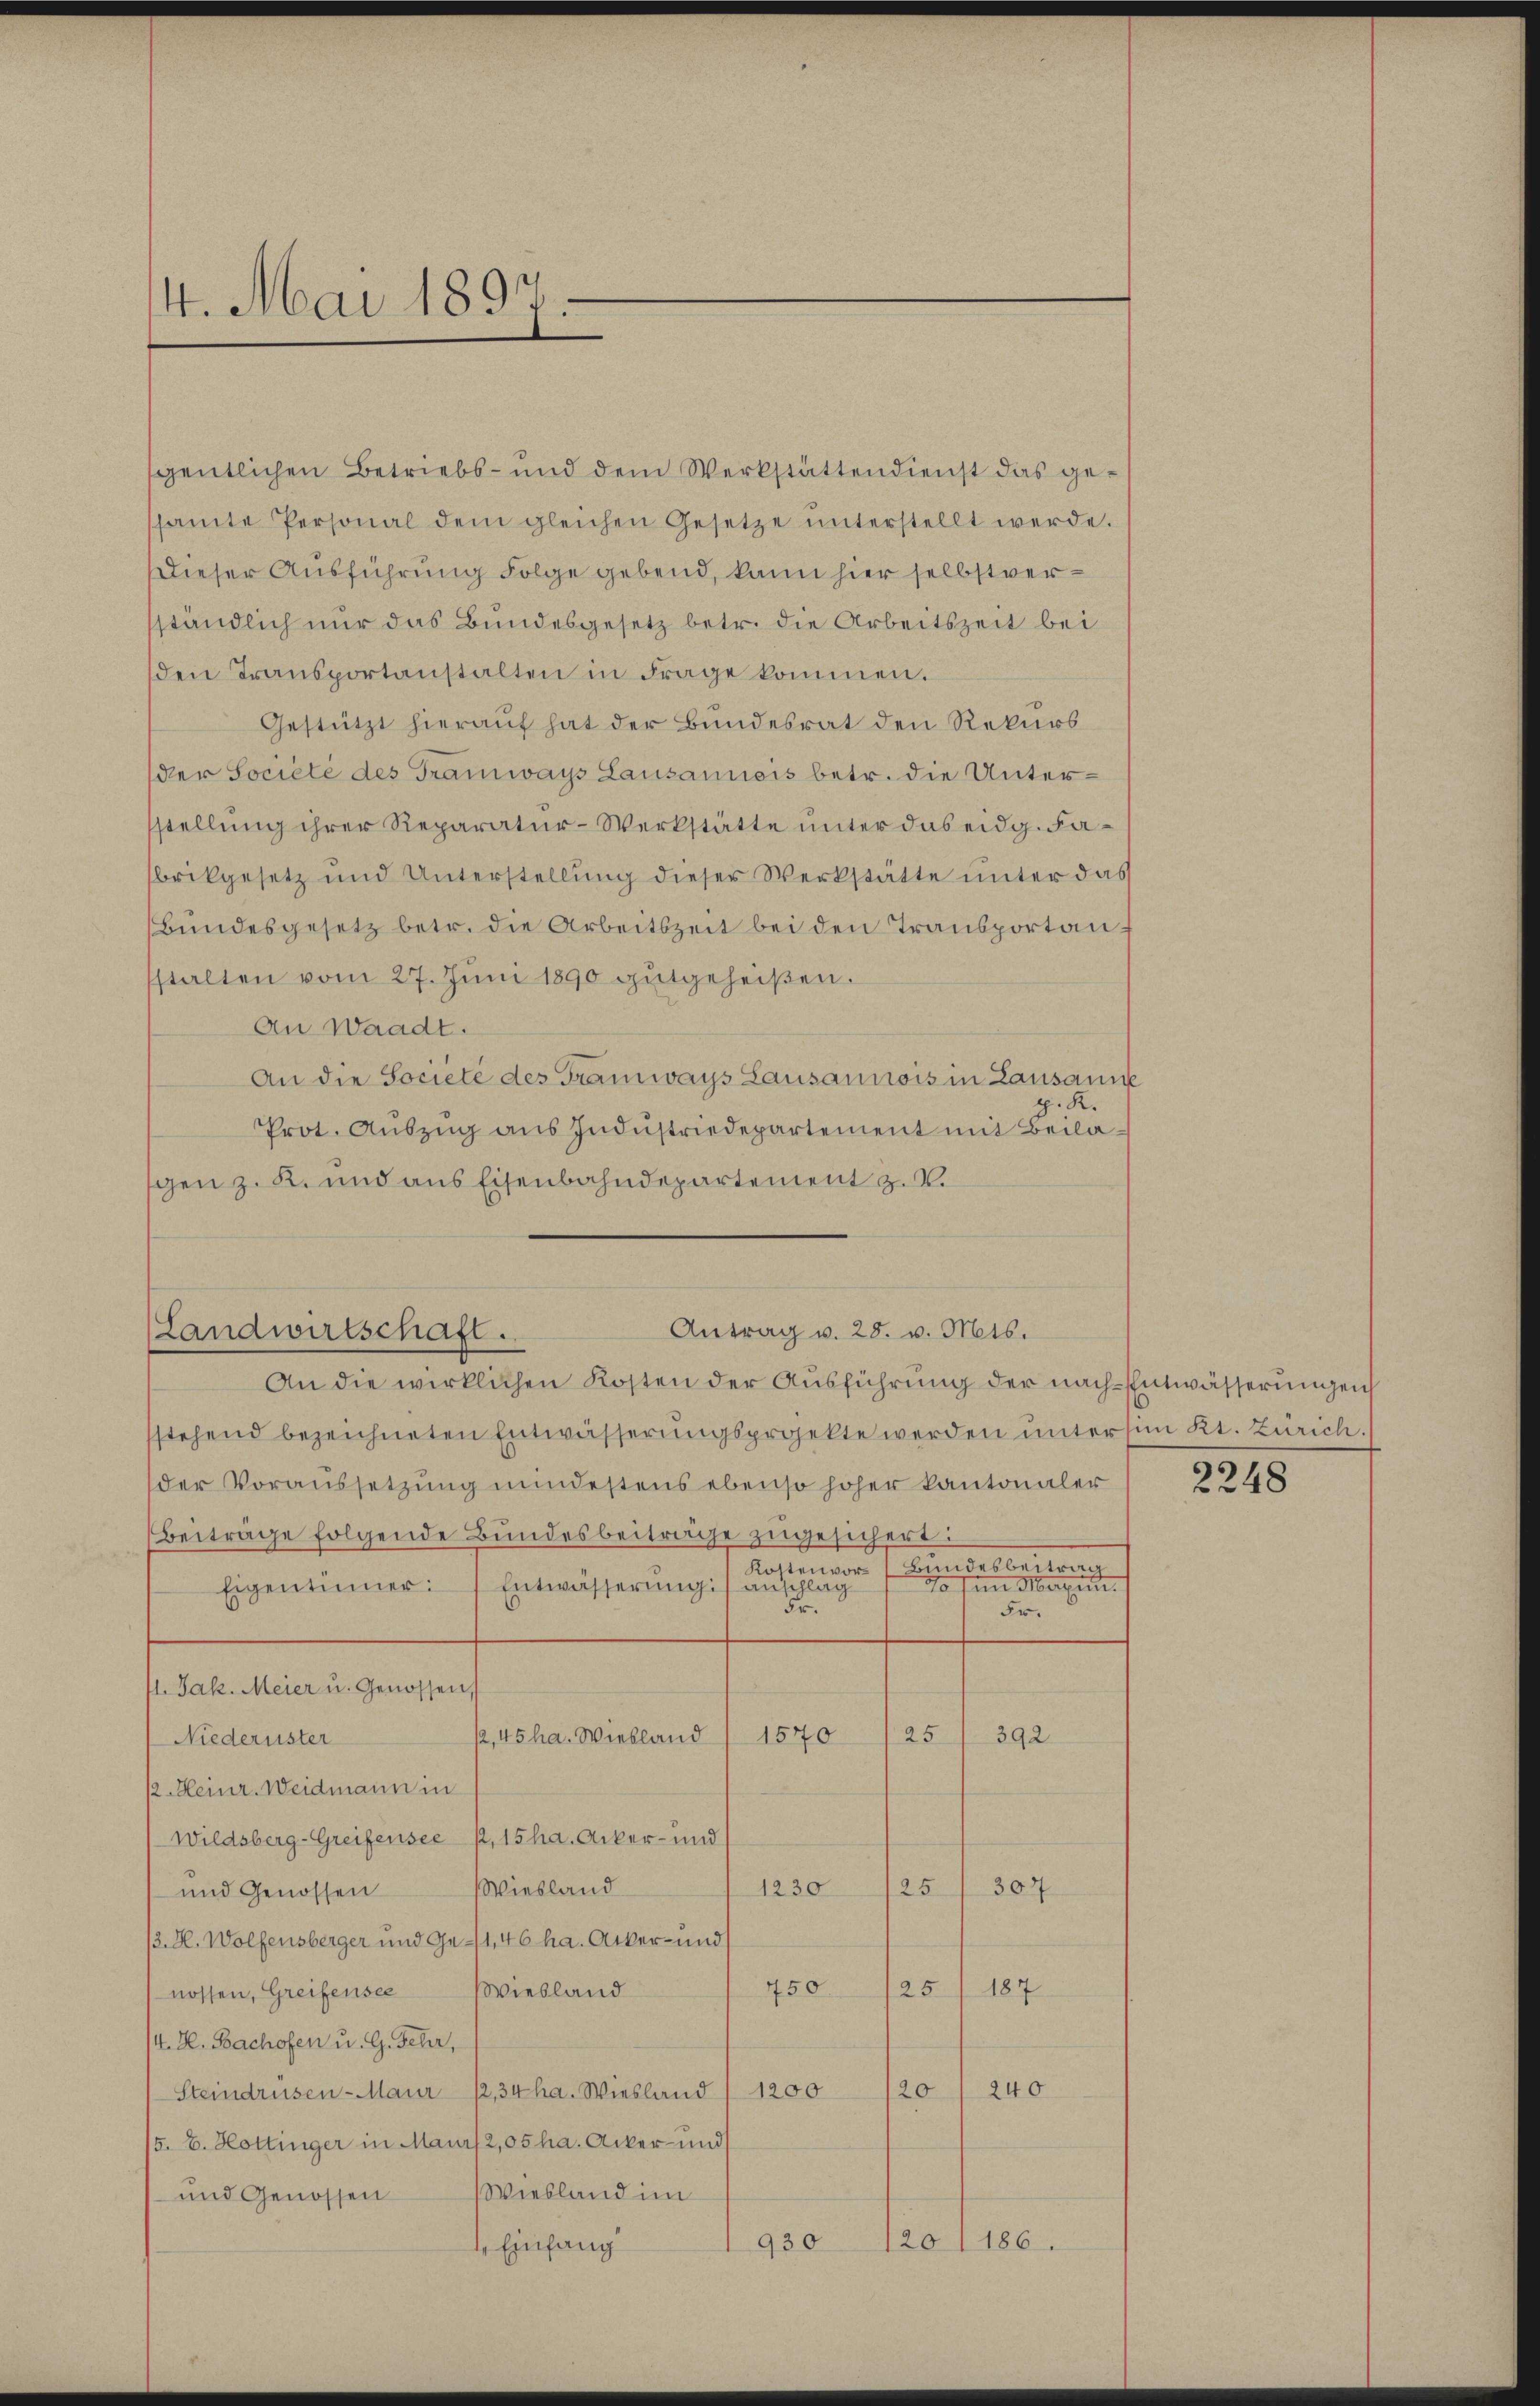
4. Mai 1897.

gentlichen Betriebs- und dem Werkstättendienst das gesamte Personal dem gleichen Gesetze unterstellt werde.
Dieser Ausführung Folge gebend, kann hier selbstverständlich nur das Bundesgesetz betr. die Arbeitszeit bei
den Transportanstalten in Frage kommen.
Gestützt hierauf hat der Bundesrat den Rekurs
der Societé des Tramways Lausaniois betr. die Untersstellung ihrer Reparatur-Werkstätte unter das eidg. Fabrikgesetz und Unterstellung dieser Werkstätte unter das
Bundesgesetz betr. die Arbeitszeit bei den Transportan f
stalten vom 27. Jŭni 1890 gutgeheißen.
An Waadt.
An die Societé des Tramways Lausannois in Lausanne
p. K.
Prot. Auszug aus Industriedepartement mit Beilagen z. R. und aus Eisenbahndepartement z. B.

Antrag v. 28. v. Mts.
(Landwirtschaft ..

An die wirklichen Kosten der Aŭsführŭng der nach-Entwässerŭngen
sstehend bezeichneten Entwässerungsprojekte werden untersen Kt. Zürich.
der Voraussetzung mindestens ebenso hoher kantonaler
Beiträge folgende Bundesbeiträge zŭgesichert:

een eine eine eine eine eine
Eigentümer: Entwässerung) auf eine
Fr.
Fr.
11. Jak. Meier u. Genossen,
25
12,45 ha. Wiebland (1570
392
Niederuster
12. Heinr. Weidmann in
Wildsberg-Greifensee 1, 15 ha. Acker- und
Wiesland
25
1230
307
und Genossen
13. H. Wolfensberger und Ge-1,46 ha. Acker- und
750
125. 187
nossen, Greifensee Wiebland
/4. H. Bachofen u. G. Fehr,
240
120
Steindrüsen-Maur 12,34 ha. Wiesland / 1200
/5. E. Hottinger in Maur 2,05 ha. Acker- und
Wiesland im
und Genossen
ro lies
 Einfang
930

2248